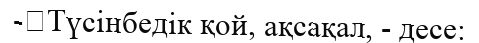
-	Түсінбедік қой, ақсақал, - десе: